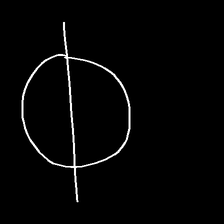
Glyph: orb